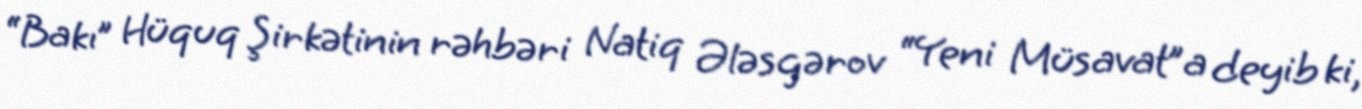
“Bakı” Hüquq Şirkətinin rəhbəri Natiq Ələsgərov “Yeni Müsavat”a deyib ki,